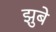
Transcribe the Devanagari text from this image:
झुबे